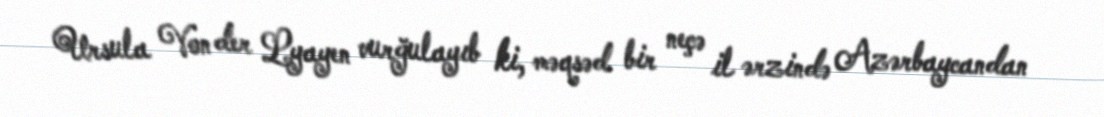
Ursula Von der Lyayen vurğulayıb ki, məqsəd bir neçə il ərzində Azərbaycandan